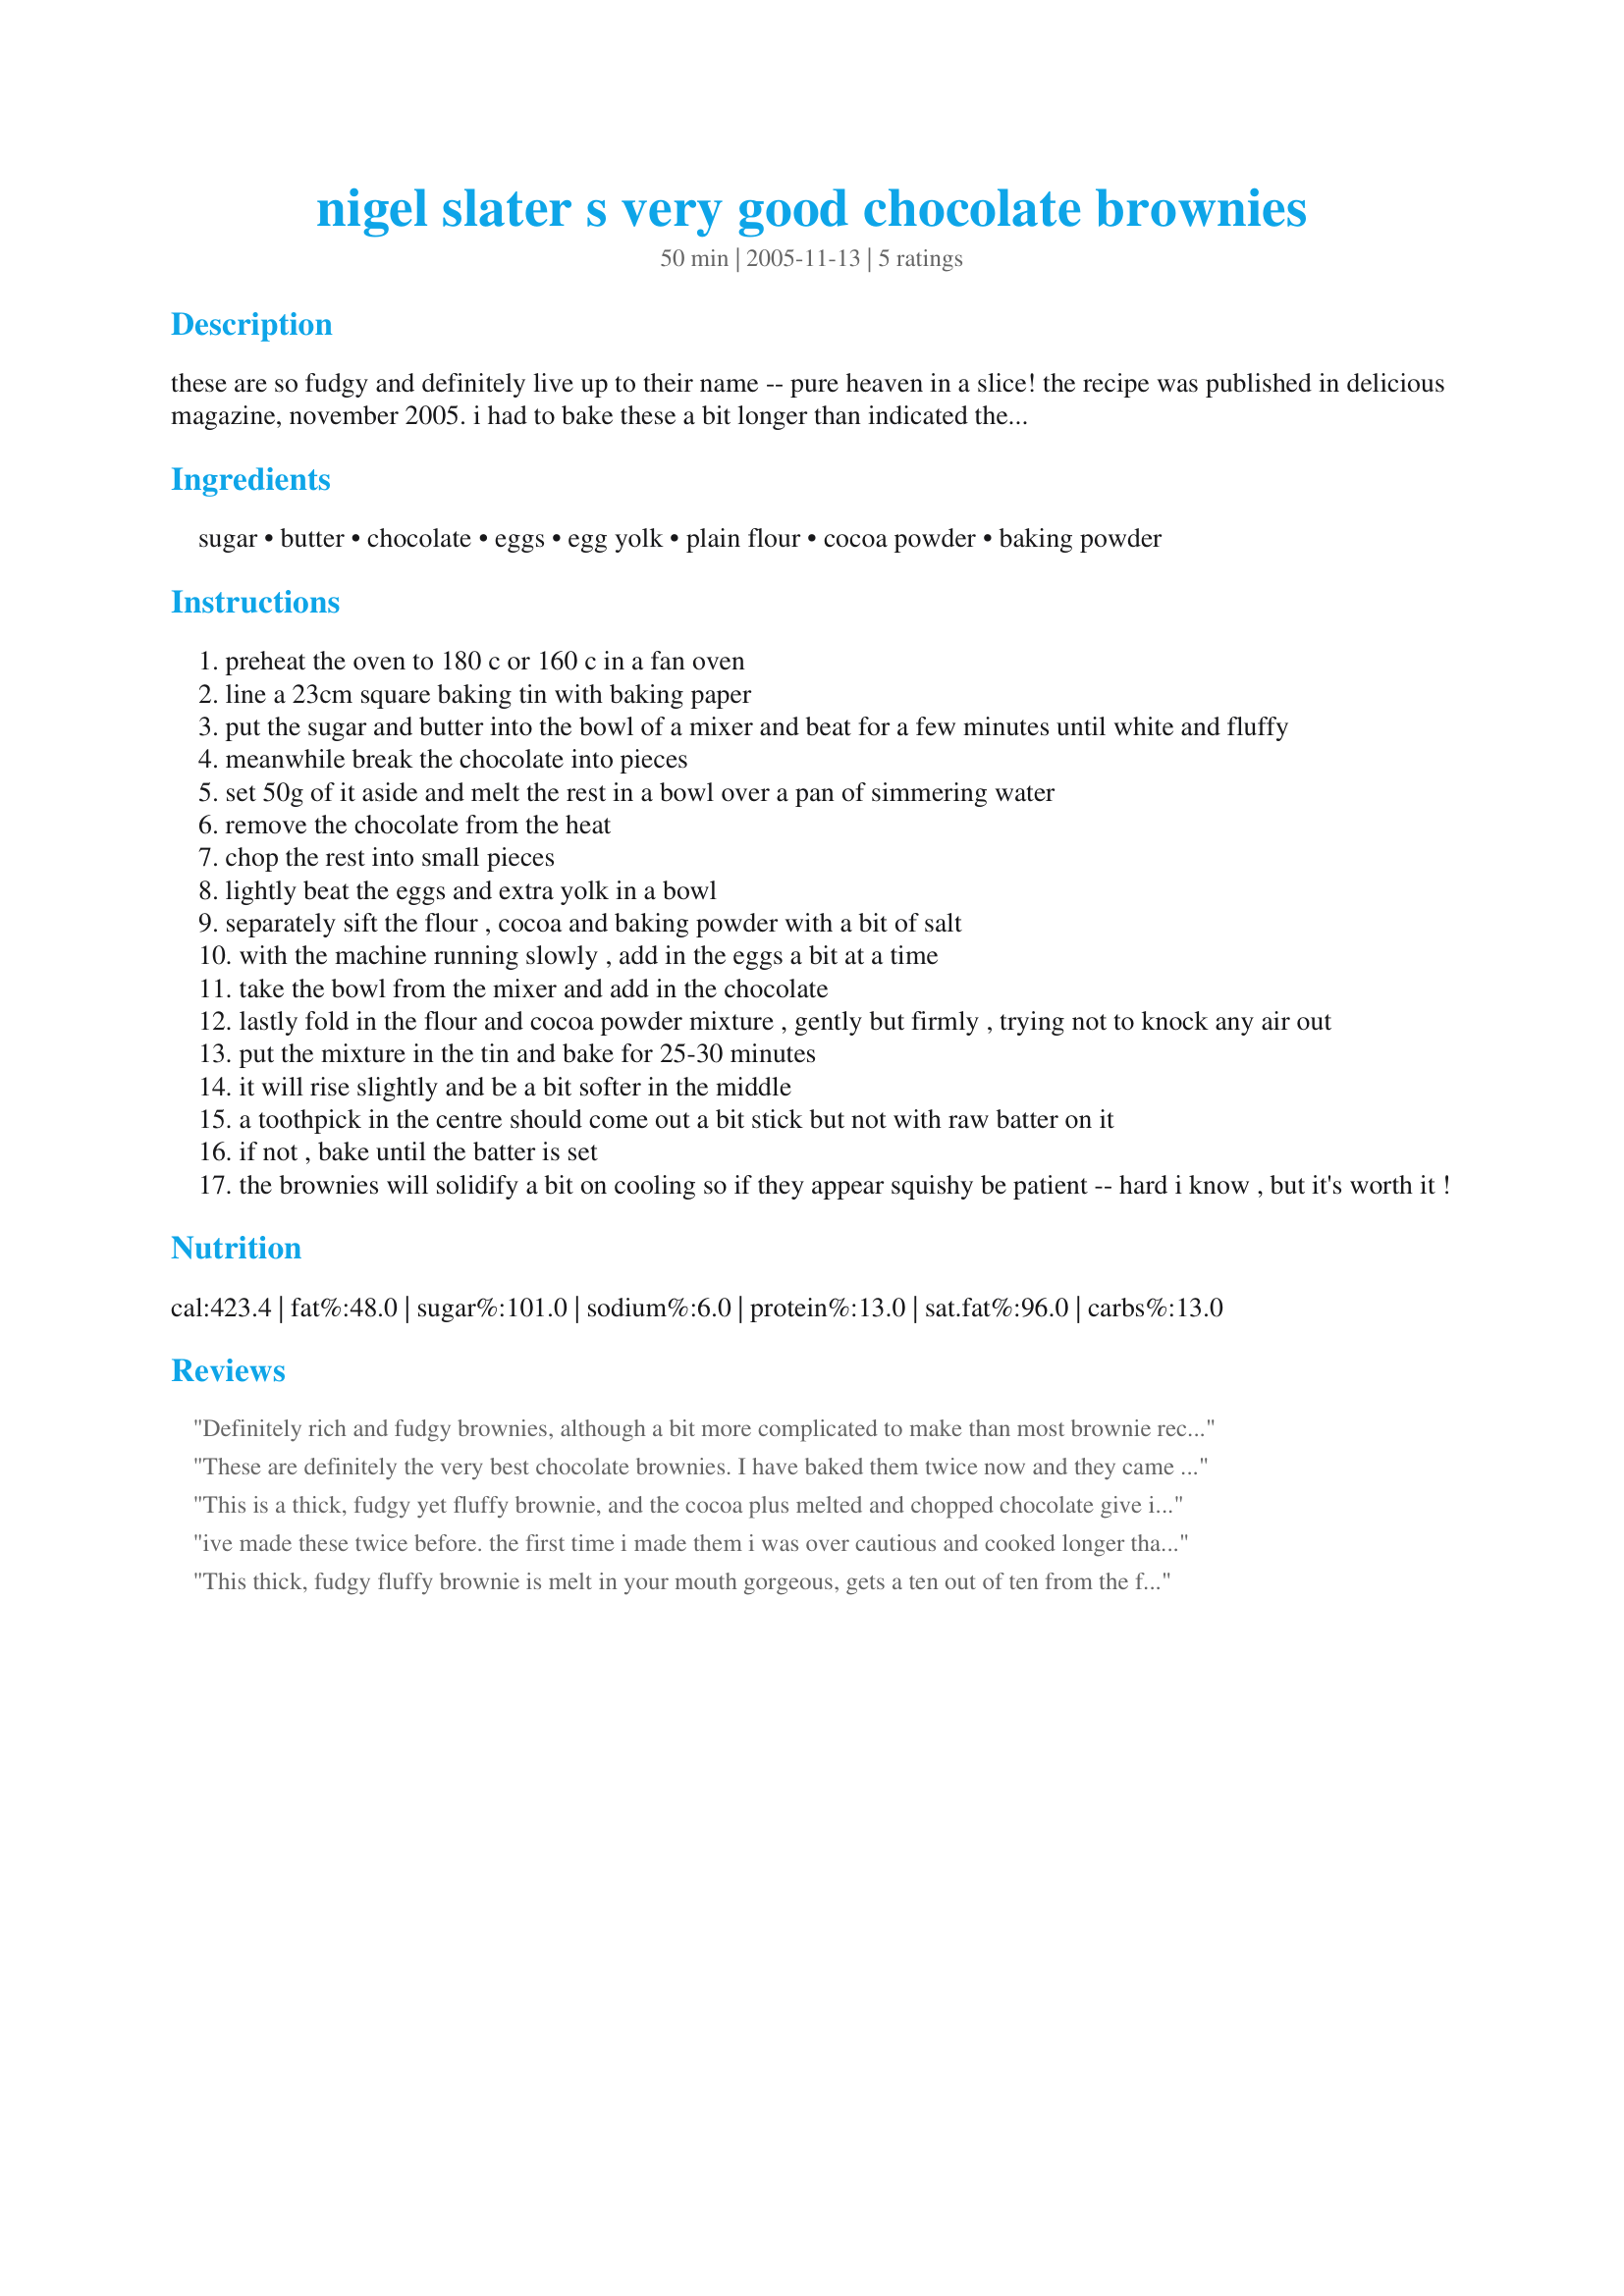
nigel slater s very good chocolate brownies
Preparation time: 50 minutes

these are so fudgy and definitely live up to their name -- pure heaven in a slice! the recipe was published in delicious magazine, november 2005. i had to bake these a bit longer than indicated the first time i made them because i used a slightly smaller pan but since then i picked out a bigger one and they've come out perfectly. i have sometimes used chocolate chips instead of a chocolate bar.

Ingredients:
sugar, butter, chocolate, eggs, egg yolk, plain flour, cocoa powder, baking powder

Steps:
preheat the oven to 180 c or 160 c in a fan oven
line a 23cm square baking tin with baking paper
put the sugar and butter into the bowl of a mixer and beat for a few minutes until white and fluffy
meanwhile break the chocolate into pieces
set 50g of it aside and melt the rest in a bowl over a pan of simmering water
remove the chocolate from the heat
chop the rest into small pieces
lightly beat the eggs and extra yolk in a bowl
separately sift the flour , cocoa and baking powder with a bit of salt
with the machine running slowly , add in the eggs a bit at a time
take the bowl from the mixer and add in the chocolate
lastly fold in the flour and cocoa powder mixture , gently but firmly , trying not to knock any air out
put the mixture in the tin and bake for 25-30 minutes
it will rise slightly and be a bit softer in the middle
a toothpick in the centre should come out a bit stick but not with raw batter on it
if not , bake until the batter is set
the brownies will solidify a bit on cooling so if they appear squishy be patient -- hard i know , but it's worth it !

Reviews:
Definitely rich and fudgy brownies, although a bit more complicated to make than most brownie recipes. I made one major change though, I only used 150g of sugar which worked out well. I think 300g would have made them too sweet. Thanks!
These are definitely the very best chocolate brownies. I have baked them twice now and they came out perfect each time. By Caz
This is a thick, fudgy yet fluffy brownie, and the cocoa plus melted and chopped chocolate give it an intense dark chocolate flavor. I&#039;ve never used the creaming method to make brownies before, but it seems to make for a melt-in-your-mouth texture that is indeed very good!
ive made these twice before. the first time i made them i was over cautious and cooked longer than required as i was unaware that it is soft in the middle. second time i cooked the brownies i waited until it was kind of crisp around the edges yet soft in the middle and these were great. roasted hazlenuts will work well.
This thick, fudgy fluffy brownie is melt in your mouth gorgeous, gets a ten out of ten from the family, we had it with vanilla ice cream, it was lovely, would definitely keep this recipe in my favourites.
